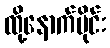
ထို့နောက်ပိုင်း